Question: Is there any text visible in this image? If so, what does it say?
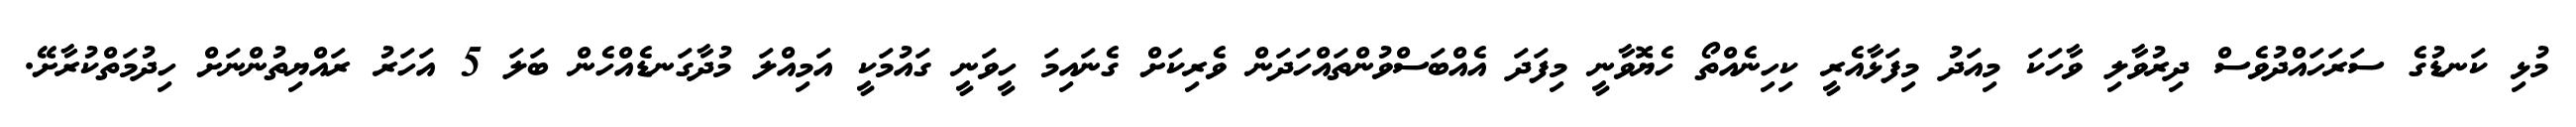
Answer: މުޅި ކަނޑުގެ ސަރަހައްދުވެސް ދިރުވާލި ވާހަކަ މިއަދު މިފަޅާއެރީ ކިހިނެއްތޯ ހެޔޮވާނީ މިފަދަ އެއްބަސްވުންތައްހަދަން ވެރިކަށް ގެނައިމަ ހީވަނީ ގައުމަކީ އަމިއްލަ މުދާގަނޑެއްހެން ބަލަ 5 އަހަރު ރައްޔިތުންނަށް ހިދުމަތްކުރާށޭ.